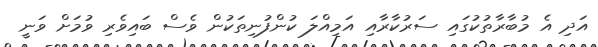
އަދި އެ މުބާރާތުކުގައި ސަރުކާރާއި އަމިއްލަ ކުންފުނިތަކުން ވެސް ބައިވެރި ވުމަށް ވަނީ